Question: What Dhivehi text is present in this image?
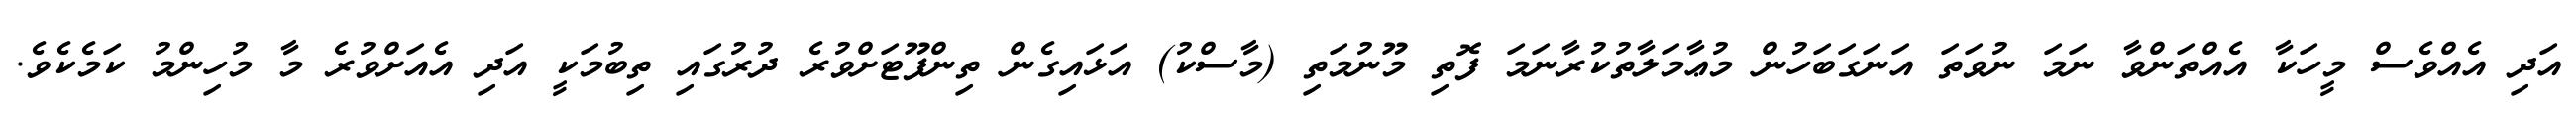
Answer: އަދި އެއްވެސް މީހަކާ އެއްތަންވާ ނަމަ ނުވަތަ އަނަގަބަހުން މުޢާމަލާތުކުރާނަމަ ފޮތި މޫނުމަތި (މާސްކު) އަޅައިގެން ތިންފޫޓަށްވުރެ ދުރުގައި ތިބުމަކީ އަދި އެއަށްވުރެ މާ މުހިންމު ކަމެކެވެ.